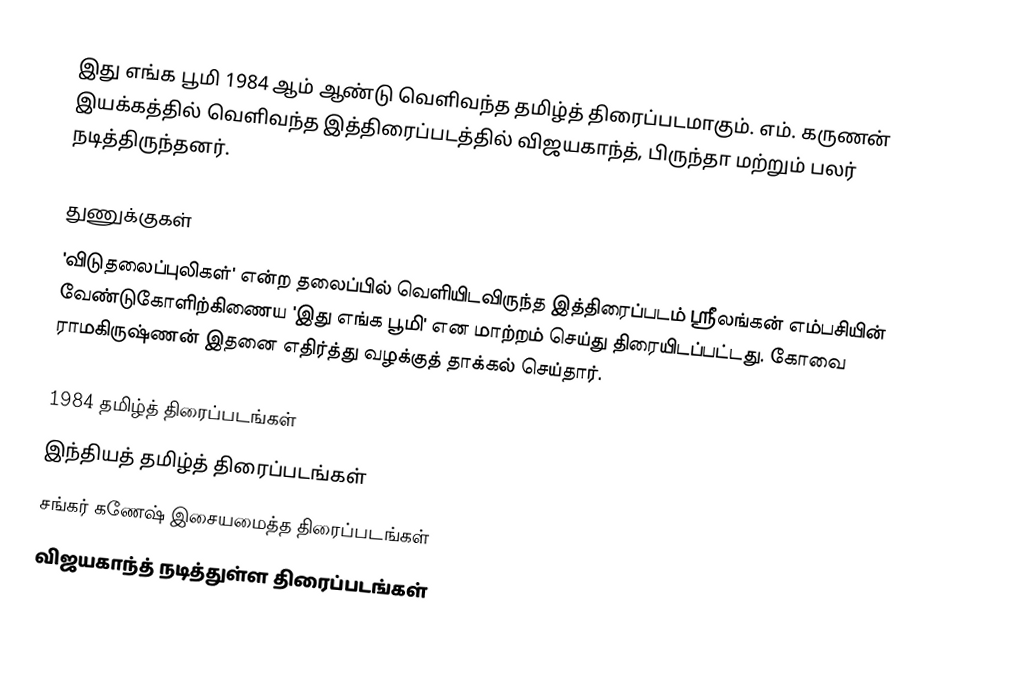
இது எங்க பூமி 1984 ஆம் ஆண்டு வெளிவந்த தமிழ்த் திரைப்படமாகும். எம். கருணன் இயக்கத்தில் வெளிவந்த இத்திரைப்படத்தில் விஜயகாந்த், பிருந்தா மற்றும் பலர் நடித்திருந்தனர்.

துணுக்குகள்
'விடுதலைப்புலிகள்' என்ற தலைப்பில் வெளியிடவிருந்த இத்திரைப்படம் ஸ்ரீலங்கன் எம்பசியின் வேண்டுகோளிற்கிணைய 'இது எங்க பூமி'  என மாற்றம் செய்து திரையிடப்பட்டது. கோவை ராமகிருஷ்ணன் இதனை எதிர்த்து வழக்குத் தாக்கல் செய்தார்.

1984 தமிழ்த் திரைப்படங்கள்
இந்தியத் தமிழ்த் திரைப்படங்கள்
சங்கர் கணேஷ் இசையமைத்த திரைப்படங்கள்
விஜயகாந்த் நடித்துள்ள திரைப்படங்கள்